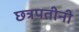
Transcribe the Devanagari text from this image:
छत्रपतीनी